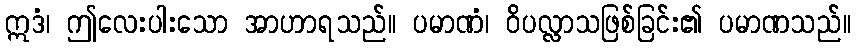
ဣဒံ၊ ဤလေးပါးသော အာဟာရသည်။ ပမာဏံ၊ ဝိပလ္လာသဖြစ်ခြင်း၏ ပမာဏသည်။